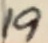
Text: 19